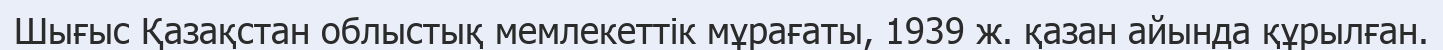
Шығыс Қазақстан облыстық мемлекеттік мұрағаты, 1939 ж. қазан айында құрылған.